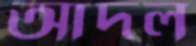
আদল